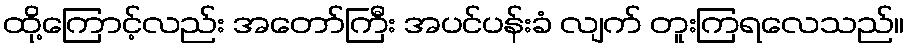
ထို့ကြောင့်လည်း အတော်ကြီး အပင်ပန်းခံ လျက် တူးကြရလေသည်။